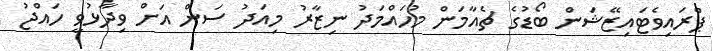
ޕްރައިވެޓައިޒޭޝަން ބޯޑުގެ ޗެއާމަން މުހައްމަދު ނިޒާރު މިއަދު ސަން އަށް ވިދާޅުވީ ހައްޖު